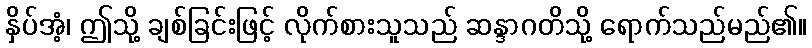
နှိပ်အံ့၊ ဤသို့ ချစ်ခြင်းဖြင့် လိုက်စားသူသည် ဆန္ဒာဂတိသို့ ရောက်သည်မည်၏။